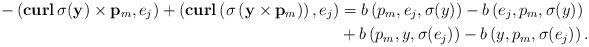
LaTeX: \begin{align*}-\left( \mathbf{curl}\,\sigma(\mathbf y)\times \mathbf p_m, e_j\right)+\left(\mathbf{curl}\left(\sigma\left(\mathbf y\times \mathbf p_m\right)\right), e_j\right)&=b\left( p_m, e_j, \sigma(y) \right)-b\left( e_j,p_m, \sigma(y) \right)\\&+b\left(p_m, y, \sigma( e_j) \right)-b\left( y,p_m, \sigma( e_j) \right).\end{align*}